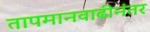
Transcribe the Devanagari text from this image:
तापमानवाढीनंतर